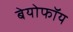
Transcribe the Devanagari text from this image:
बेयोफॉय